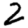
Digit: 2